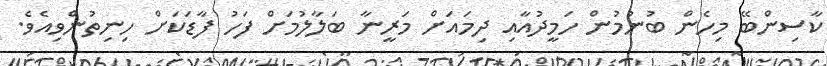
ކާސިންބޭ މިހެން ބުނުމުން ހަމީދުއާއި ދިމައަށް މަރީނާ ބަލާލުމަށް ފަހު ފާޑަކަށް ހިނިތުންވިއެވެ.